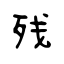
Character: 残